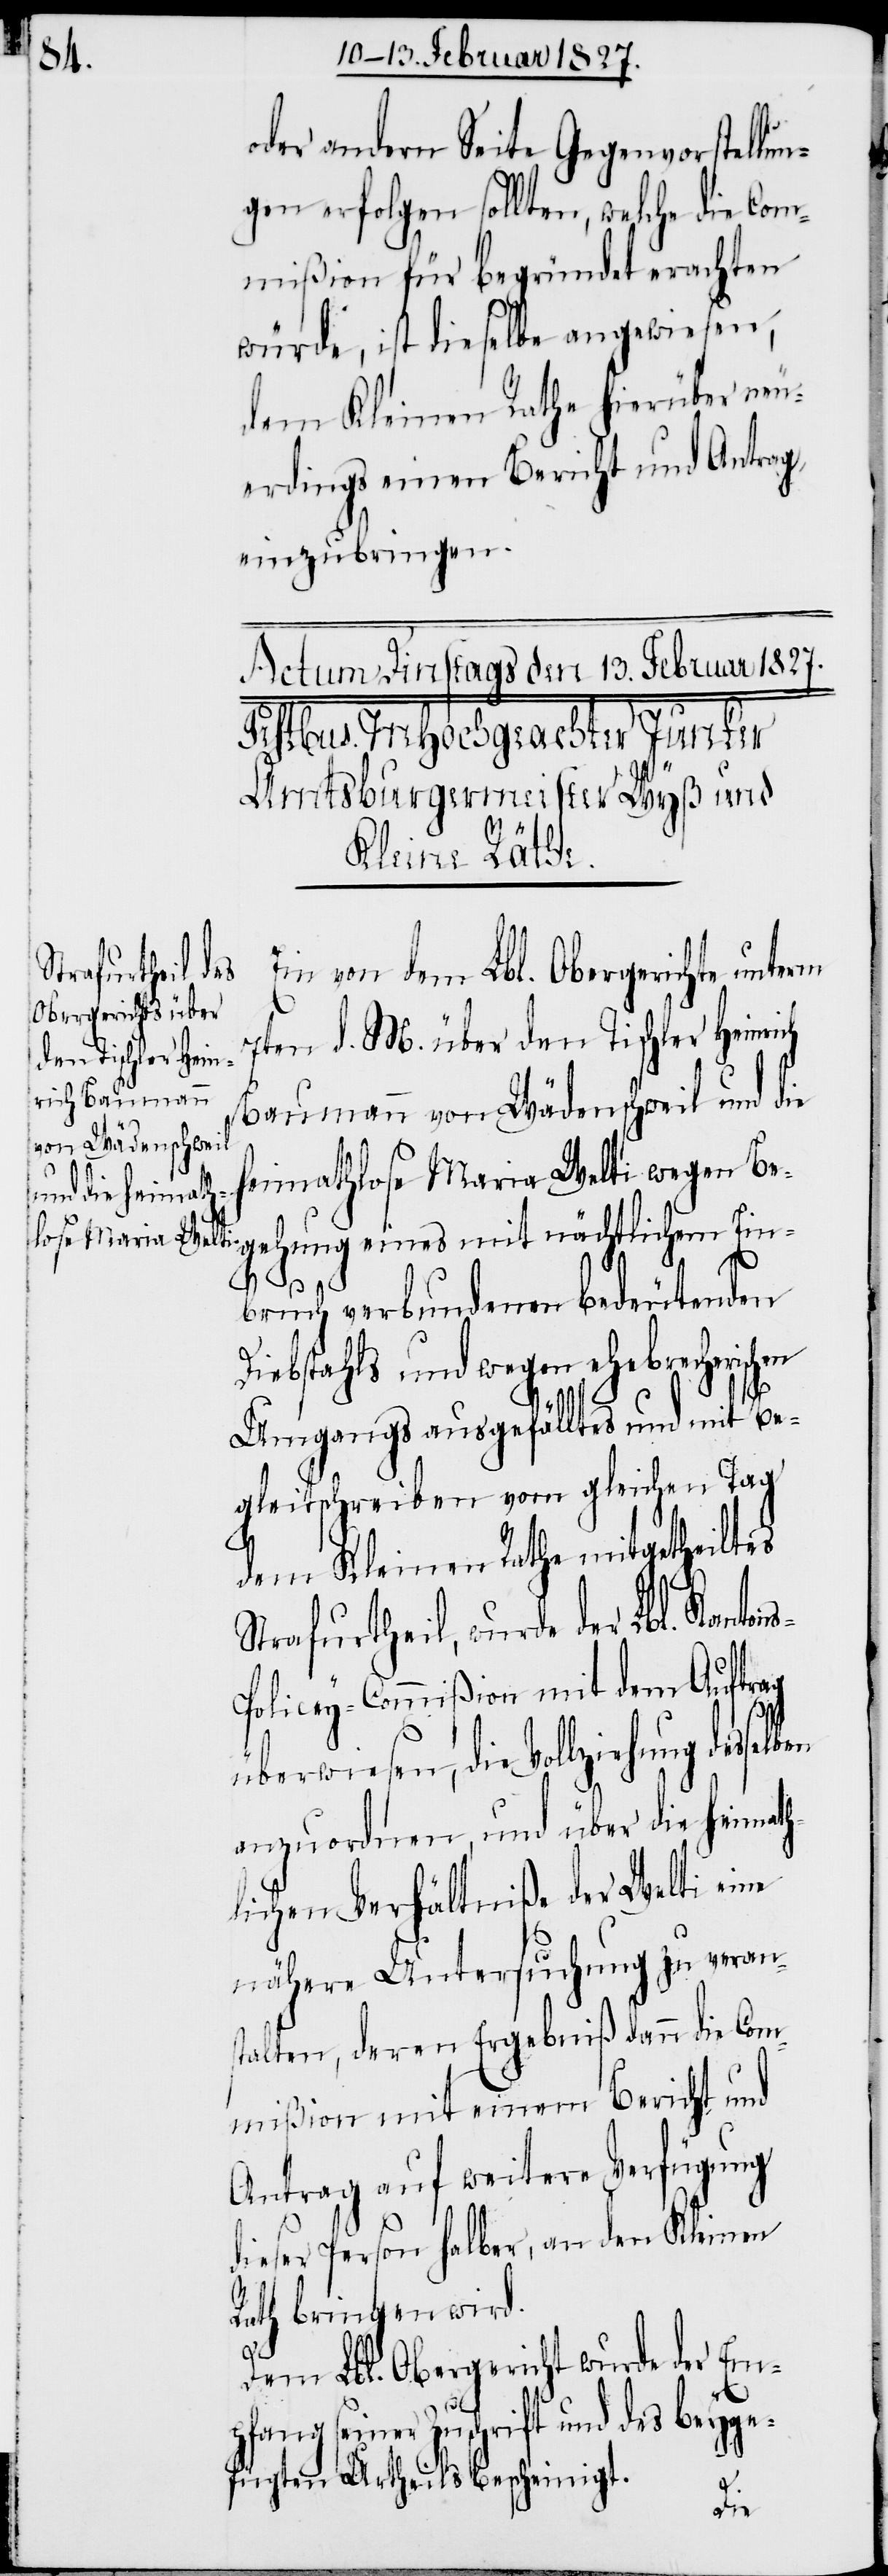
s-P¬

oder andern Seite Gegenvorstellu¬
ngen erfolgen sollten, welche die Com¬
mißion für begründet erachten
würde, ist dieselbe angewiesen,
dem Kleinen Rathe hierüber neu¬
erdings einen Bericht und Antrag
einzubringen.
Ein von dem Lbl. Obergerichte unterm
7ten d. M. über den Tischler Heinrich
Baumann von Wädenschweil und die
Heimathlose Maria Welti wegen Be¬
gehung eines mit nächtlichem Ein¬
bruch verbundenen bedeutenden
Diebstahls und wegen ehebrecheris¬
Umgangs ausgefälltes und mit Be¬
gleitschreiben vom gleichen Tag
dem Kleinen Rathe mitgetheiltes
Strafurtheil, wurde der Lbl. Kanton¬
olicey-Commißion mit dem Auftrag
überwiesen, die
anzuordnen, und über die heimat¬
hlichen Verhältniße der Welti eine
nähere Untersuchung zu veran¬
stalten, deren Ergebniß dann die Com¬
mißion mit einem Bericht und
Antrag auf weitere Verfügung
dieser Person halber, an den Kleinen
Rath bringen wird.
Dem Lbl. Obergericht wurde der Emp¬
fang seiner Zuschrift und des beyge¬
fügten Urtheils bescheinigt.